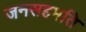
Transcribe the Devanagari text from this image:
जनसहमति